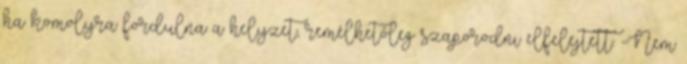
ha komolyra fordulna a helyzet, remélhetőleg szaporodni elfelejtett. -Nem